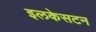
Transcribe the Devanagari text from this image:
इलकेसटन